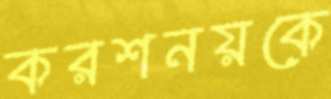
করশনয়কে